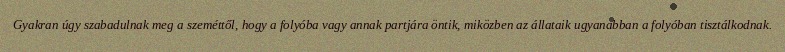
Gyakran úgy szabadulnak meg a szeméttől, hogy a folyóba vagy annak partjára öntik, miközben az állataik ugyanabban a folyóban tisztálkodnak.